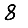
Digit: 8